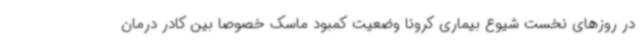
در روزهای نخست شیوع بیماری کرونا وضعیت کمبود ماسک خصوصا بین کادر درمان